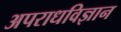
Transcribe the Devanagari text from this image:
अपराधविज्ञान